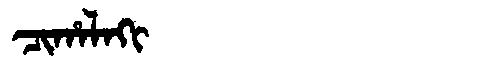
Manchu: ᠴᡳᡥᠠᠯᠠᡴᡳ
Romanization: CIHALAKI